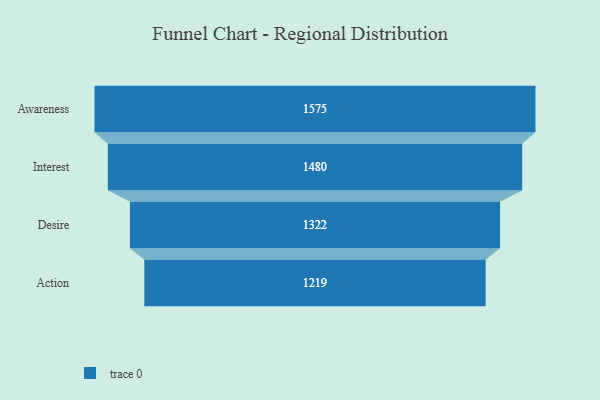
{"axis": {"x": "Stage", "y": "Value"}, "legend": [""], "data": [{"x": "Awareness", "y": 1575.0, "type": ""}, {"x": "Interest", "y": 1480.0, "type": ""}, {"x": "Desire", "y": 1322.0, "type": ""}, {"x": "Action", "y": 1219.0, "type": ""}]}